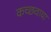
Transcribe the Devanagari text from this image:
कच्छवाया